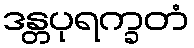
ဒန္တပုရက္ခတံ